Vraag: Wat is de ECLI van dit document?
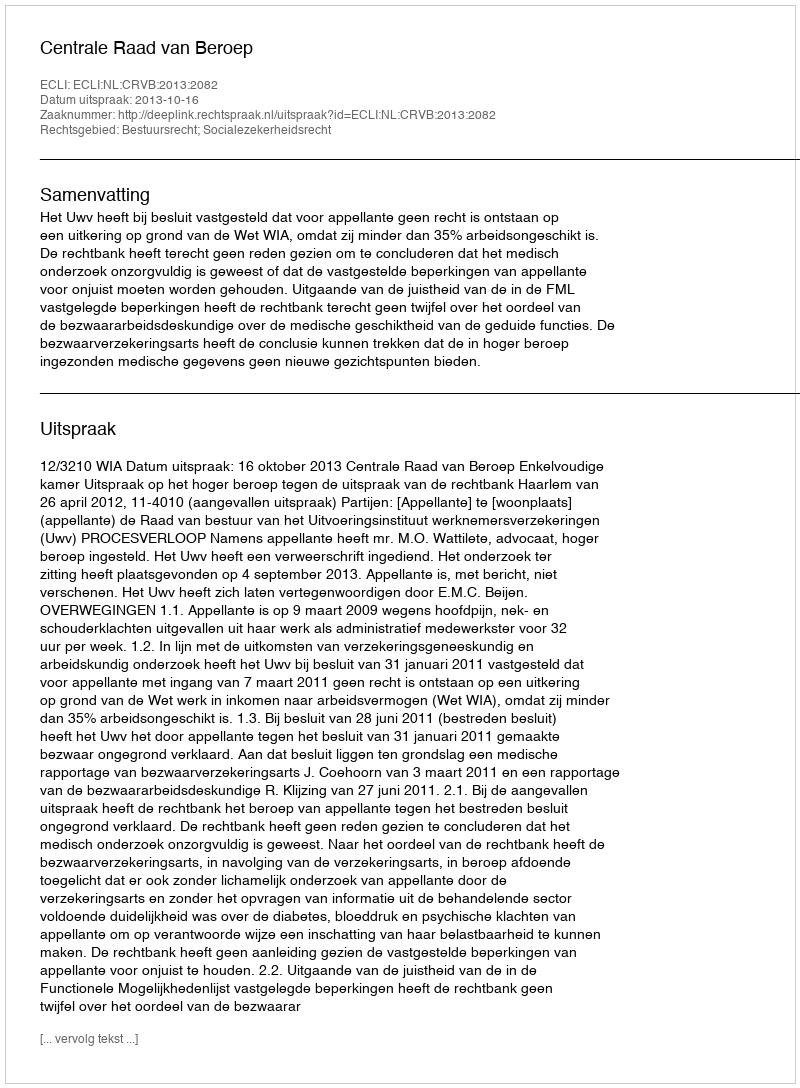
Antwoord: ECLI:NL:CRVB:2013:2082